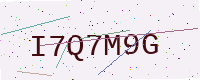
Text: I7Q7M9G